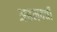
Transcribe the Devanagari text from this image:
अहमदची